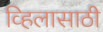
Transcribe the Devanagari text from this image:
व्हिलासाठी